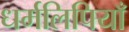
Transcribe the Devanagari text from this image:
धर्मलिपियाँ